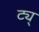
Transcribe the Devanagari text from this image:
ट्य्